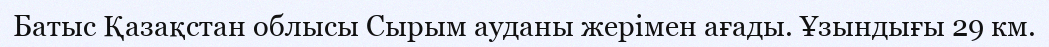
Батыс Қазақстан облысы Сырым ауданы жерімен ағады. Ұзындығы 29 км.